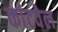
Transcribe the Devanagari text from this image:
कांटवेल